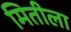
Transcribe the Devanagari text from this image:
मितीला